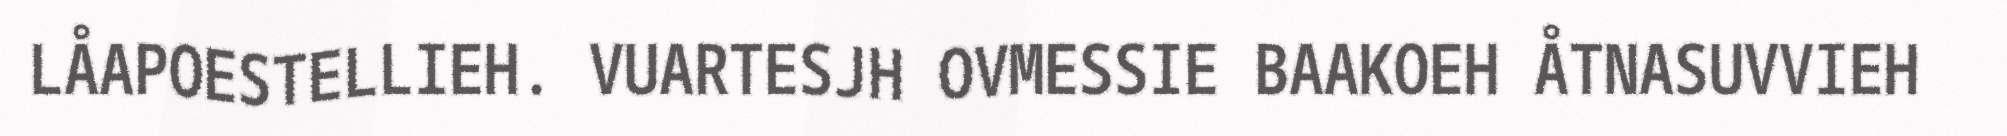
LÅAPOESTELLIEH. VUARTESJH OVMESSIE BAAKOEH ÅTNASUVVIEH